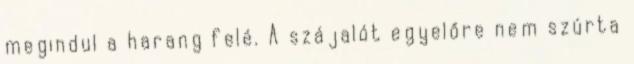
megindul a harang felé. A szájalót egyelőre nem szúrta